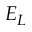
E _ { L }